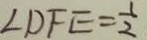
\angle D F E = \frac { 1 } { 2 }